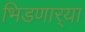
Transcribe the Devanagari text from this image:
भिडणार्‍या